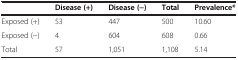
|  | Disease (+) | Disease (−) | Total | Prevalence* |
 | --- | --- | --- | --- | --- |
 | Exposed (+) | 53 | 447 | 500 | 10.60 |
 | Exposed (−) | 4 | 604 | 608 | 0.66 |
 | Total | 57 | 1,051 | 1,108 | 5.14 |